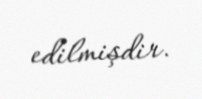
edilmişdir.